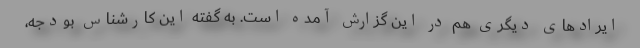
ایرادهای دیگری هم در این گزارش آمده است. به گفته این كارشناس بودجه،